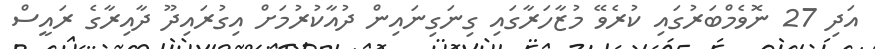
އަދި 27 ނޮވެމްބަރުގައި ކުރެވޭ މުޒާހަރާގައި ގިނަގިނައިން ދުއާކުރުމަށް އިގުރައިދޫ ދާއިރާގެ ރައީސް